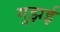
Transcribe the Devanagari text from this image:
गुझई